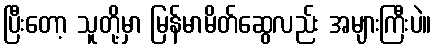
ပြီးတော့ သူတို့မှာ မြန်မာမိတ်ဆွေလည်း အများကြီးပဲ။